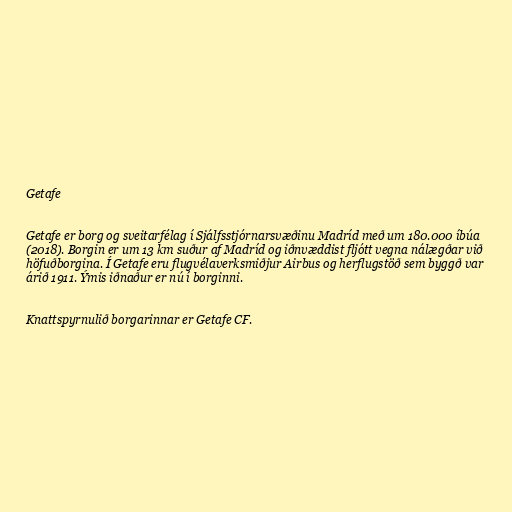
Getafe

Getafe er borg og sveitarfélag í Sjálfsstjórnarsvæðinu Madríd með um 180.000 íbúa
(2018). Borgin er um 13 km suður af Madríd og iðnvæddist fljótt vegna nálægðar við
höfuðborgina. Í Getafe eru flugvélaverksmiðjur Airbus og herflugstöð sem byggð var
árið 1911. Ýmis iðnaður er nú í borginni.

Knattspyrnulið borgarinnar er Getafe CF.